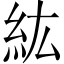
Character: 紘